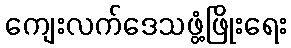
ကျေးလက်ဒေသဖွံ့ဖြိုးရေး